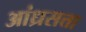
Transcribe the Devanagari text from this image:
आंध्रसत्ता